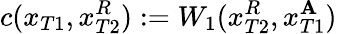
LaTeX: c(x_{T1},x_{T2}^{R}):=W_{1}(x_{T2}^{R},x_{T1}^{\mathbf{A}})